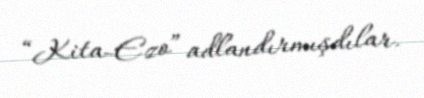
“Kita-Ezo” adlandırmışdılar.